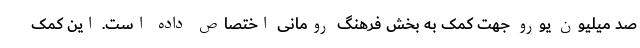
صد میلیون یورو جهت کمک به بخش فرهنگ رومانی اختصاص داده است. این کمک